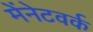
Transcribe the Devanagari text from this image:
मेंनेटवर्क